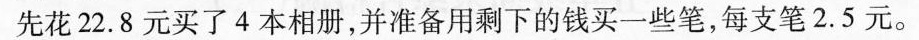
先花22.8元买了4本相册，并准备用剩下的钱买一些笔，每支笔2.5元。